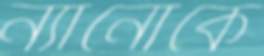
ন্যানোকে